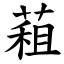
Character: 蒩